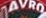
AVRO